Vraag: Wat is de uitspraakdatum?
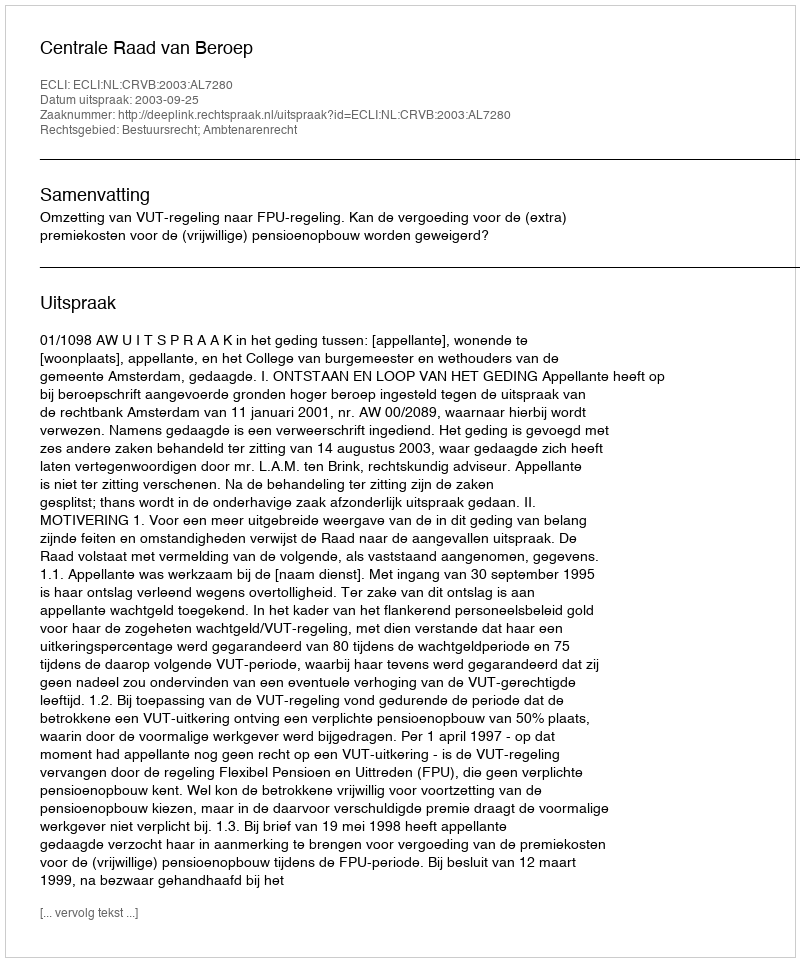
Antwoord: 2003-09-25